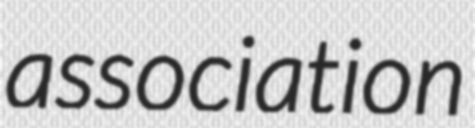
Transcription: association